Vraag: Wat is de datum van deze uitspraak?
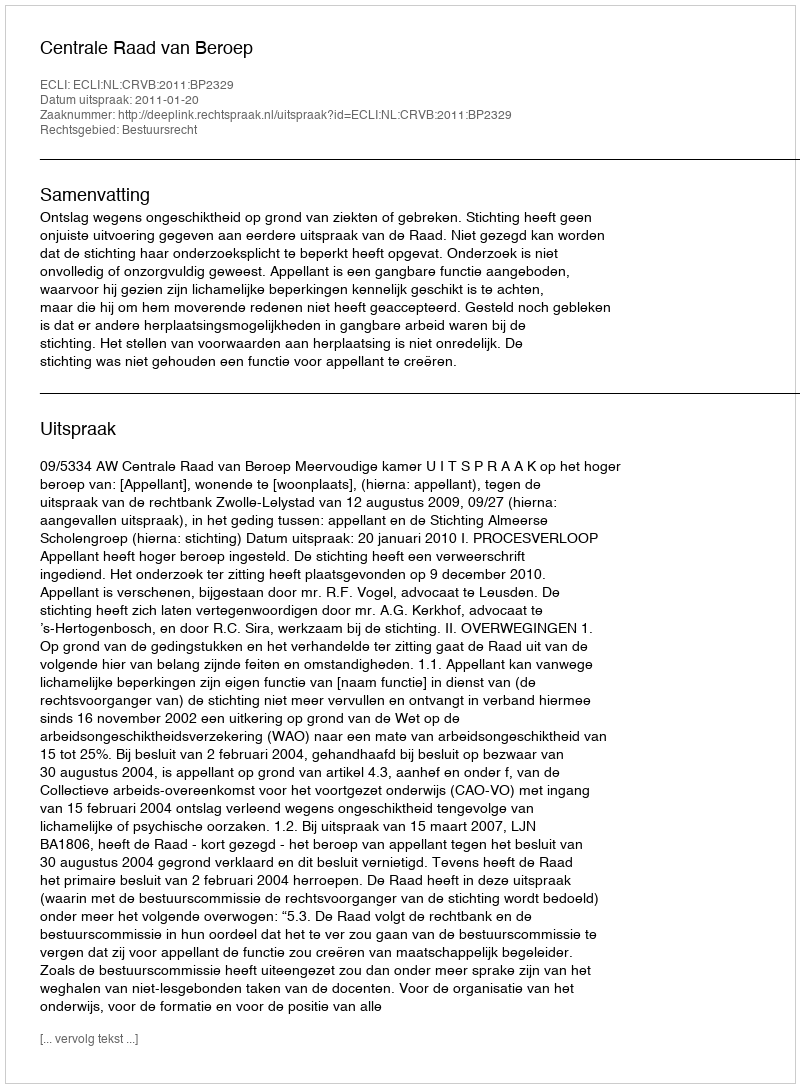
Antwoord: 2011-01-20